Leningradi_Edasi_toimetus, lk 14
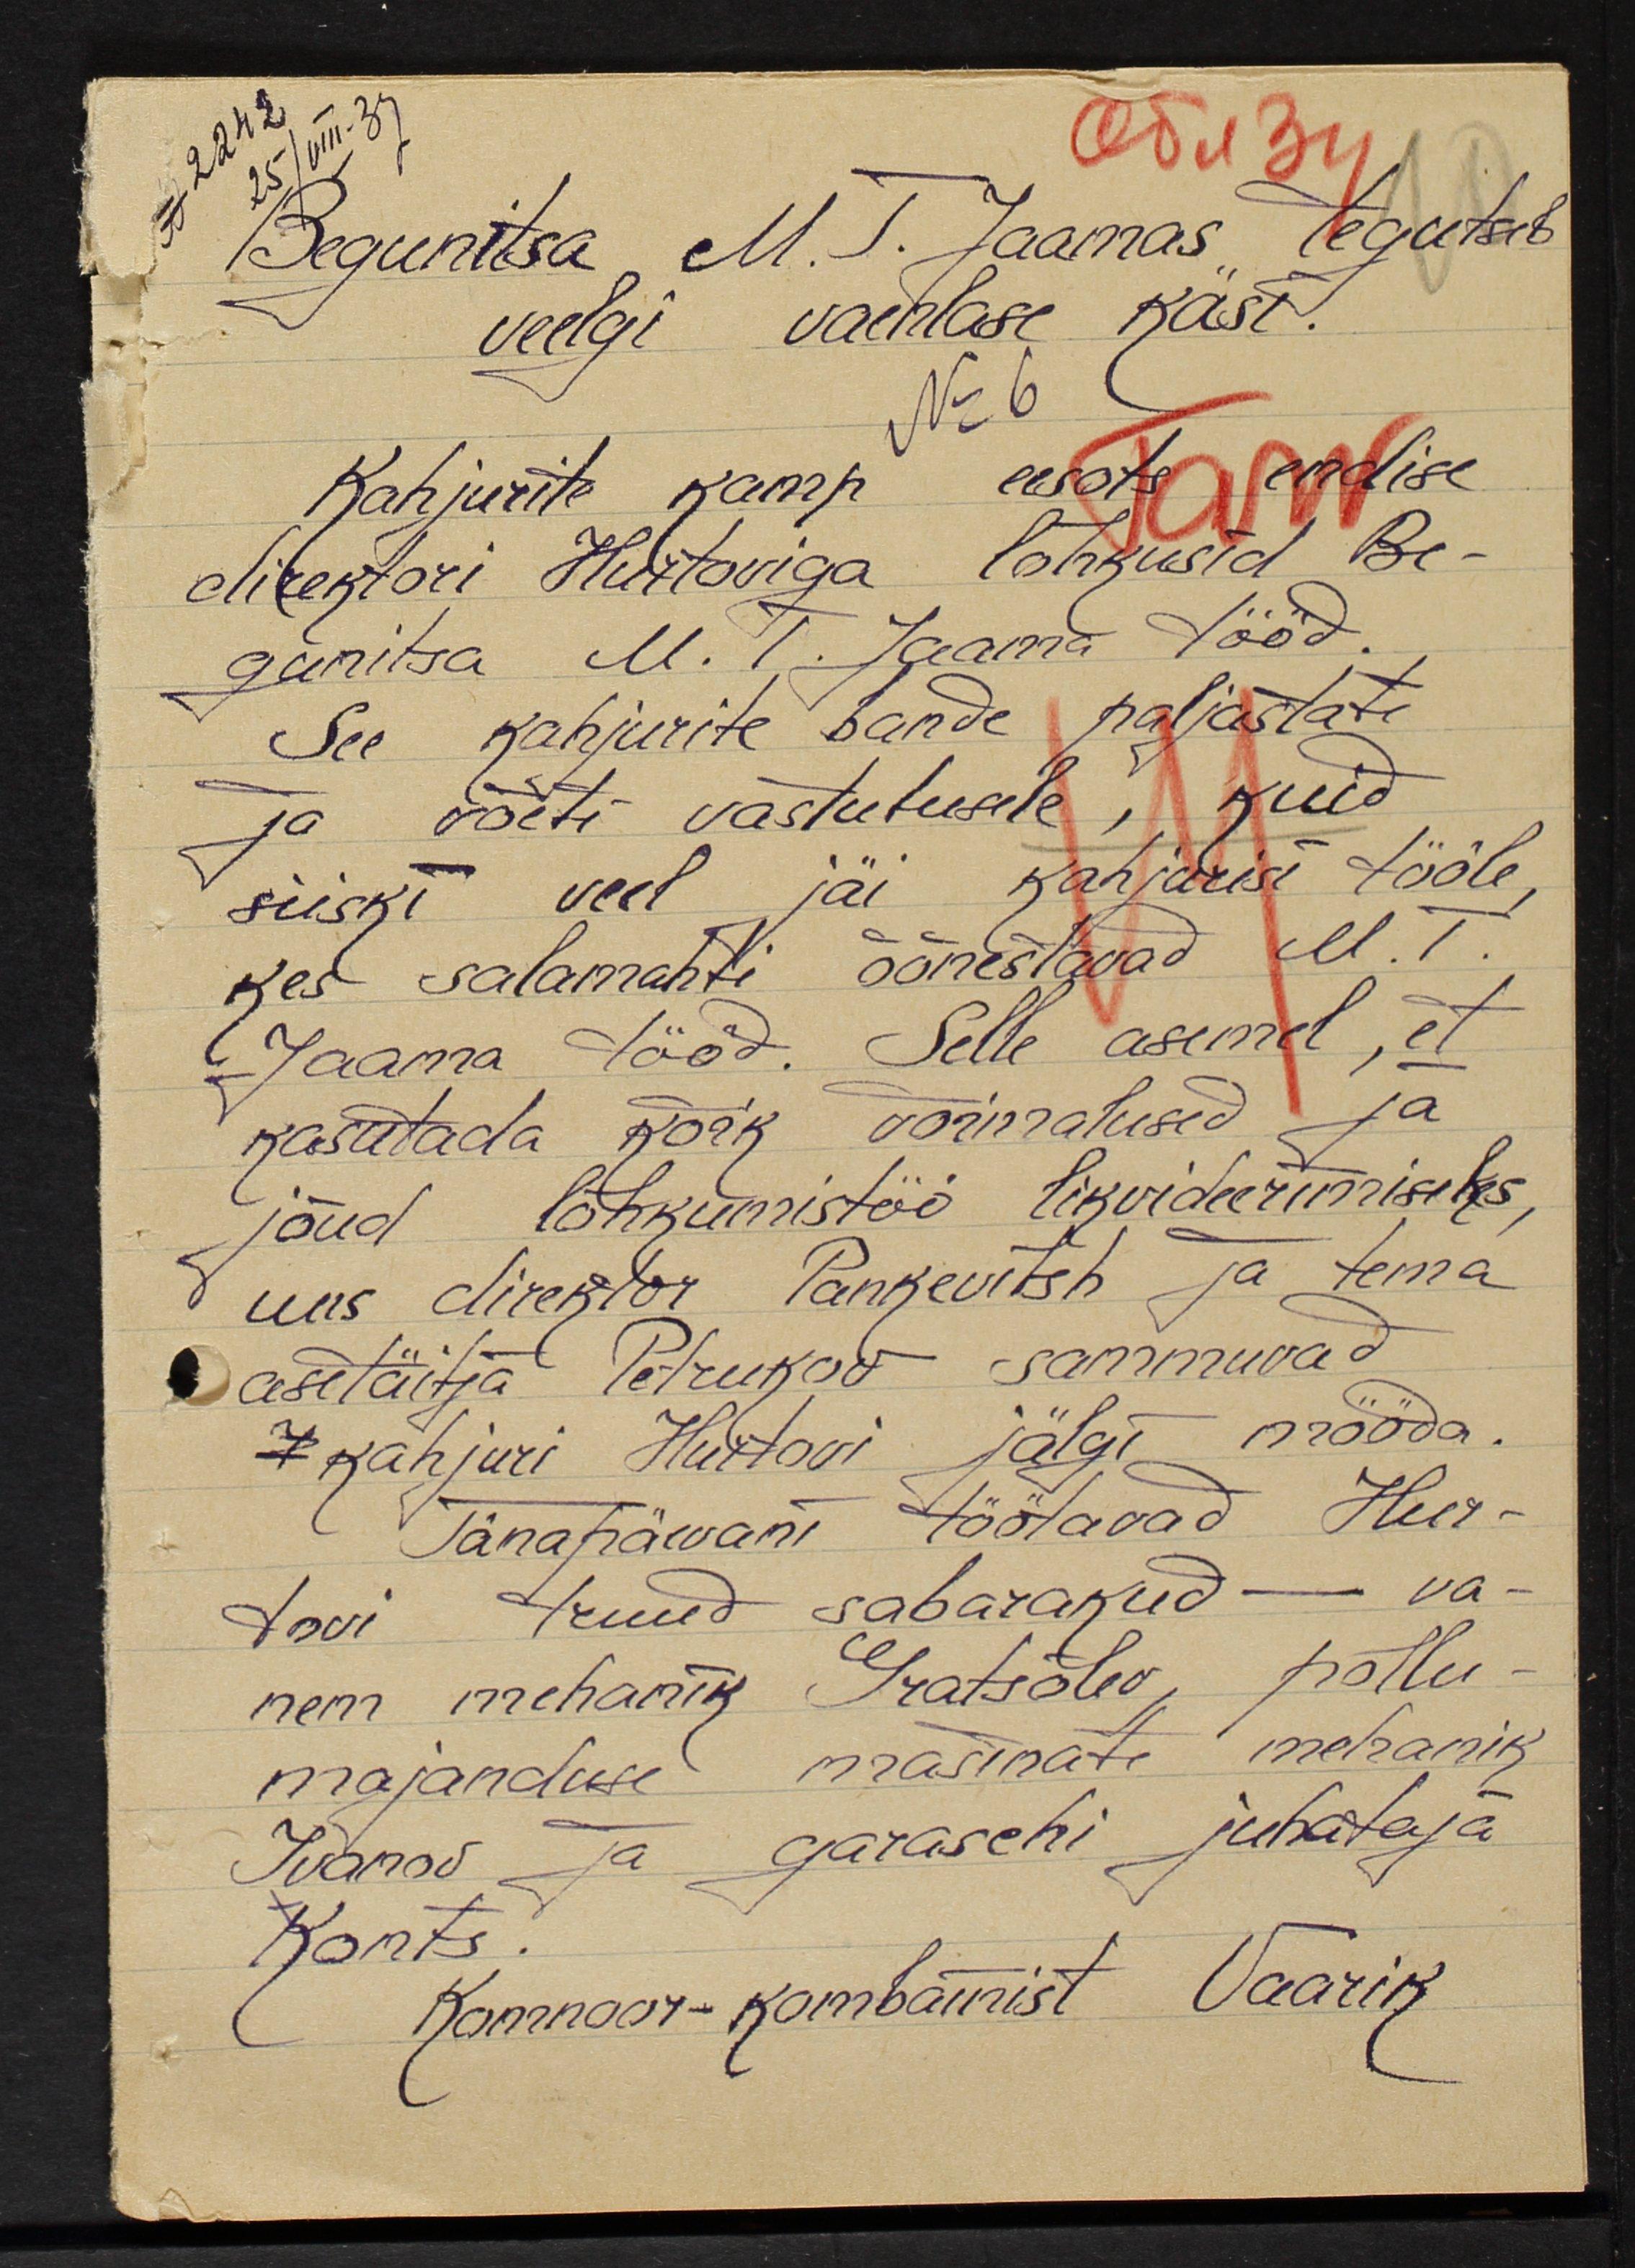
Begunitsa M. T. Jaamas tegutab
veelgi vaenlase käsi.
Nr 6
Kahjurite kamp eesots endise
direktori Hurtoviga lõhkusid Be-
gunitsa M. T. Jaama tööd.
See kahjurite bande paljastati
ja võeti vastutusele, kuid
siiski veel jäi kahjurisi tööle,
kes salamahti õõnestavad M.T.
Jaama tööd. Selle asemel, et
kasutada kõik võimalused ja
jõud lõhkumistöö likvideerimiseks,
uus direktor Pankevitsh ja tema
asetäitja Petrukov sammuvad
kahjuri Hurtovi jälgi mööda.
Tänapäwani töötavad Hur-
tovi truud sabarakud – va-
nem mehanik Gratsõlev, põllu-
majanduse masinate mehanik
Ivanov ja garaschi juhataja
Konts.
Komnoor-kombainist Vaarik